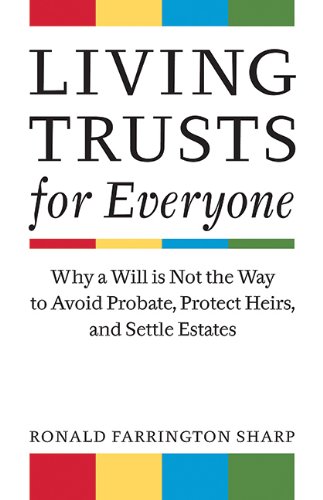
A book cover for Living Trusts for Everyone: Why a Will is Not the Way to Avoid Probate, Protect Heirs, and Settle Estates; Ronald Farrington Sharp; Business & Money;